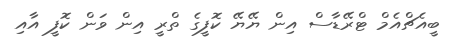
ބީއެޗްއެމް ޓްރޭޑާސް އިން ޔޭޔޭ ކޮފީގެ ތްރީ އިން ވަން ކޮފީ އާއި